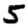
Digit: 5